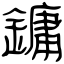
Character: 鏞